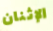
الإثنان